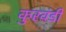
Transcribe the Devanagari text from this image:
कुरवंडी